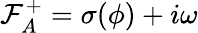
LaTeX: \mathcal{F}_{A}^{+}=\sigma(\phi)+i\omega